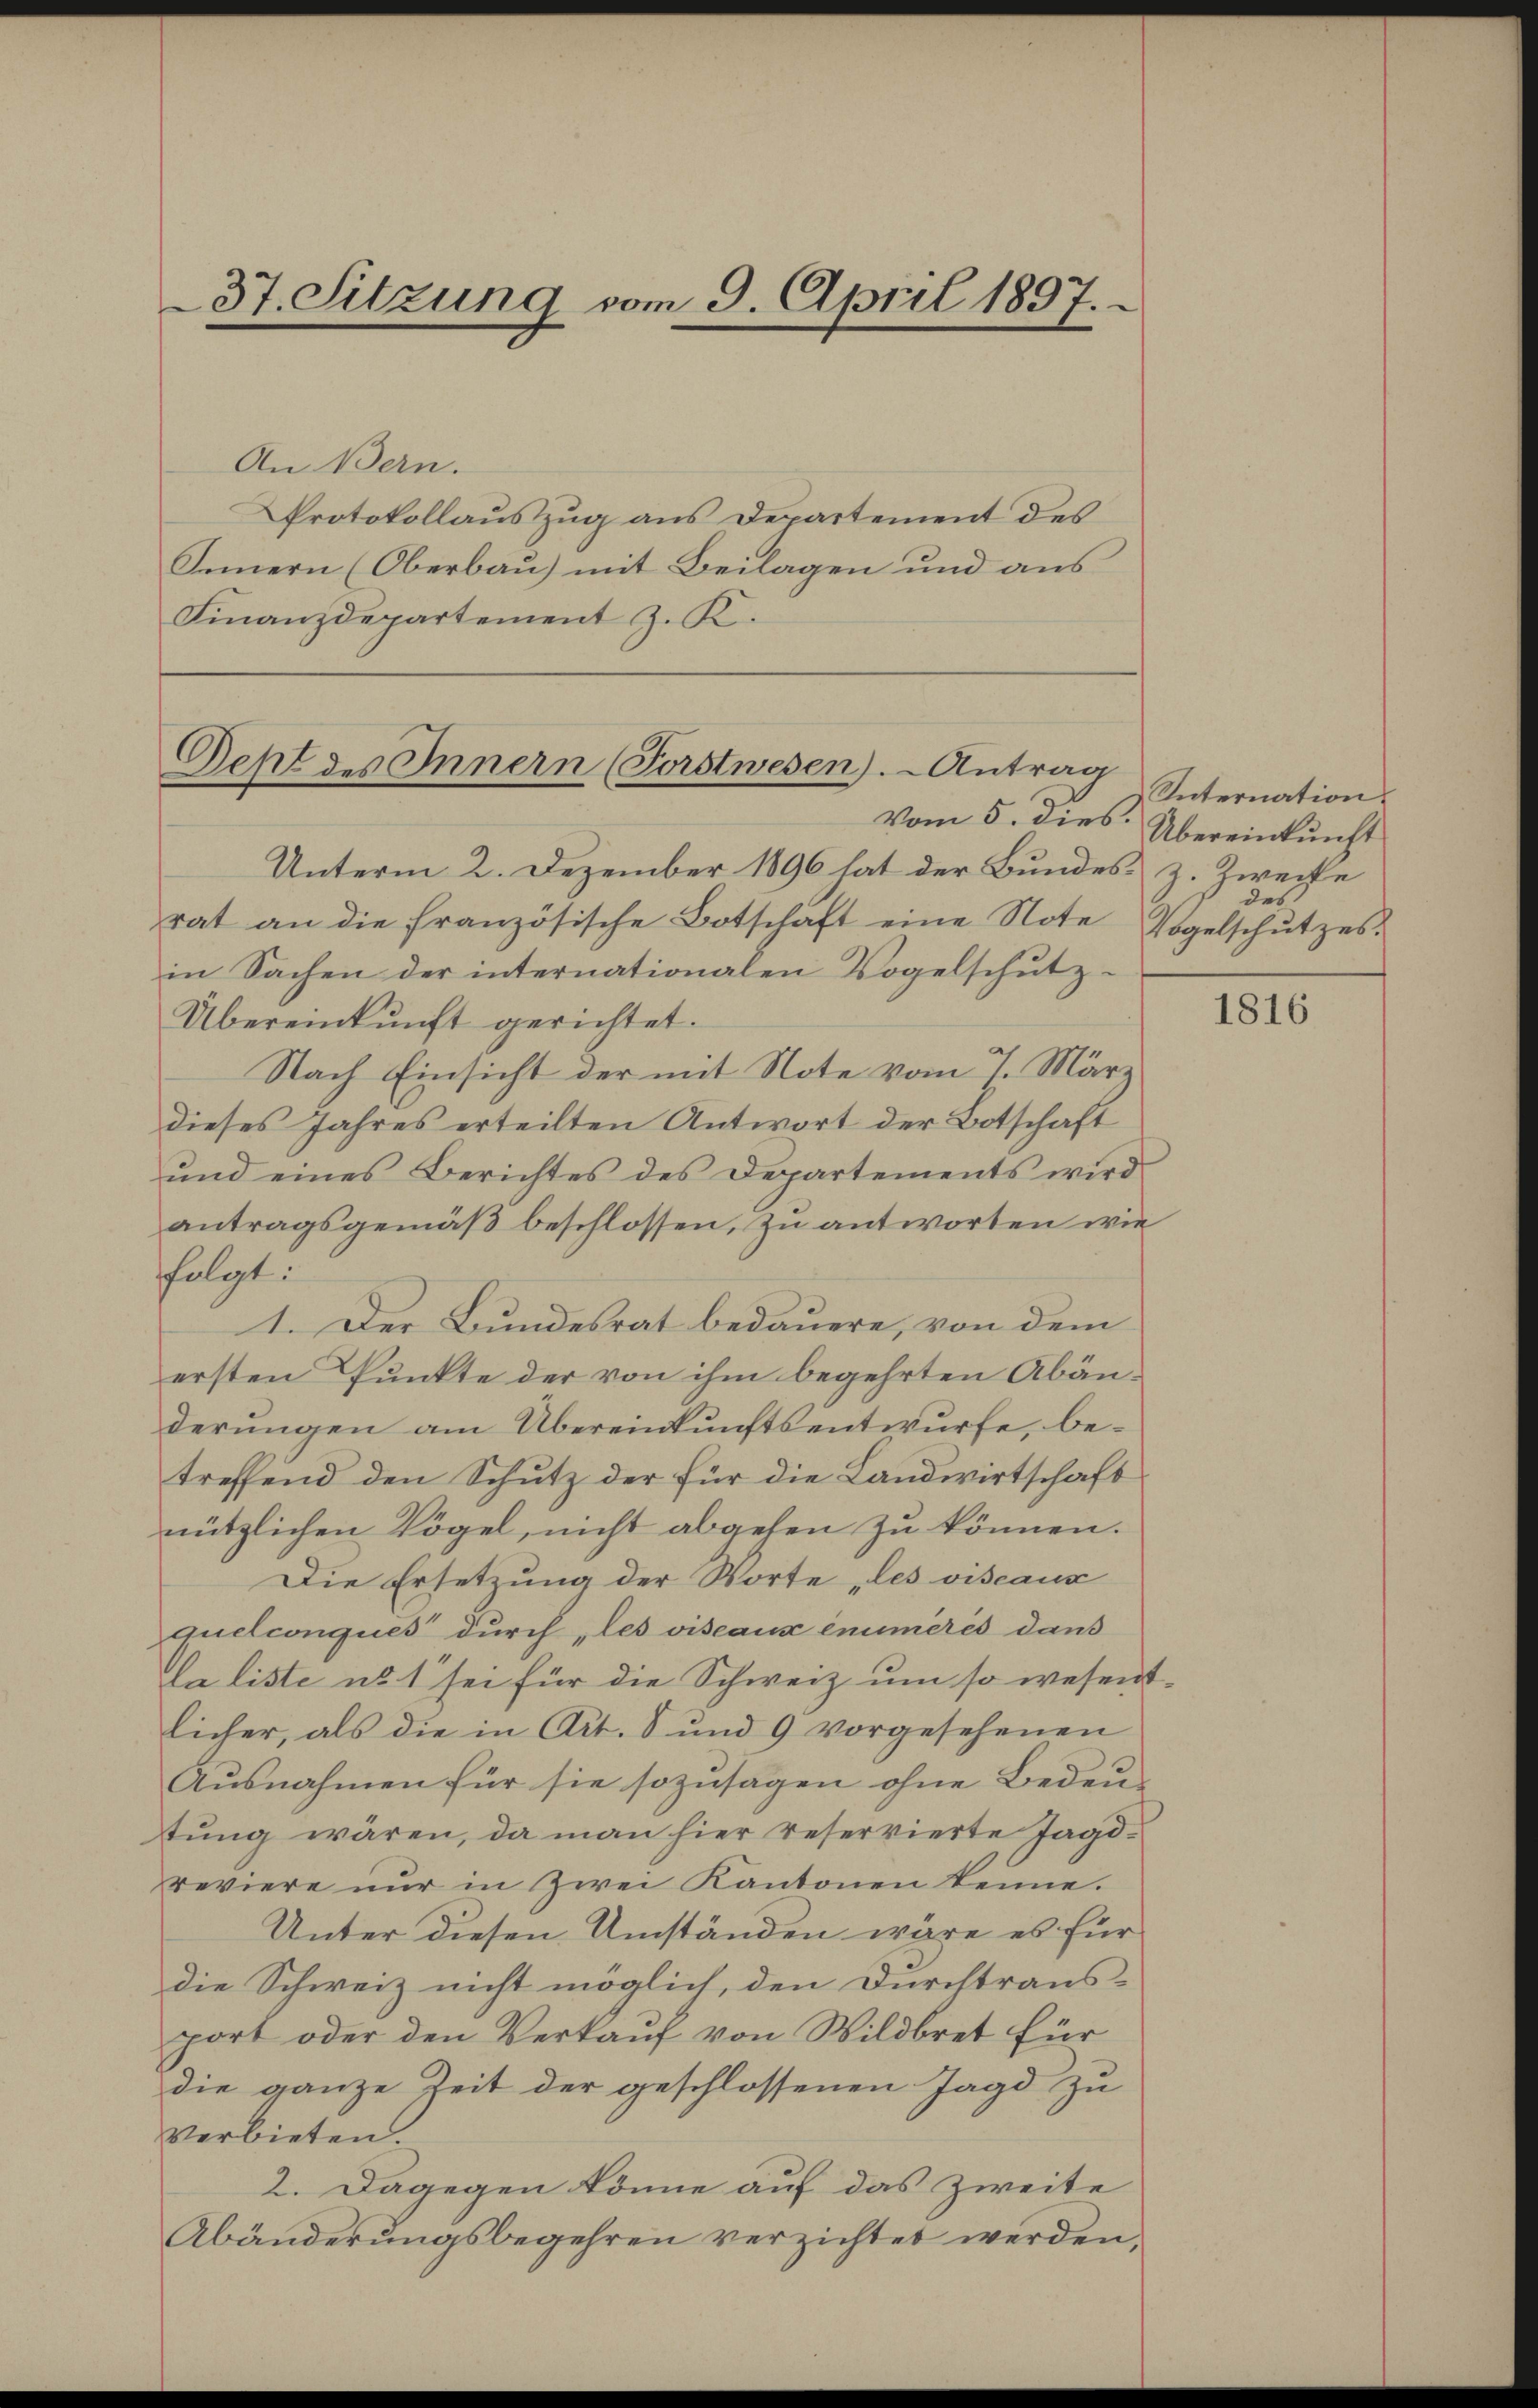
37. Sitzung vom 9. April 1897.

An Bern.
Protokollauszug aus Departement des
Innern (Oberbau) mit Beilagen und aus
Finanzdepartement z. K.

Deht des Innern (Forstwesen. - Antrag
Vom 5. dies.

Unterm 2. Dezember 1896 hat der Bundes z. Zweife
rat an die französische Botschäft eine Note
in Sachen der internationalen Vogelschutz¬
Übereinkunft gerichtet.
Nach Einsicht der mit Note vom 7. März
dieses Jahres erteilten Antwort der Botschaft
und eines Berichtes des Departements wird
antragsgemäß beschlossen, zu antworten wie
folgt:
1. Der Bundesrat bedauere, von dem
ersten Punkte der von ihm begehrten Abänderungen am Übereinkunftsentwurfe, betreffend den Schutz der für die Landwirtschaft
nützlichen Vögel, nicht abgehen zu können.
Die Ersetzung der Worte „les viseaux
quelconques durch les viseaux enumeres dans
a liste u. 1 sei für die Schweiz um so wesent-
licher, als die in Art. 8 und 9 vorgesehenen
Ausnahmen für sie sozusagen ohne Bedeu-
tung wären, da man hier reservierte Jagd-
reviere nur in Zwei Kantonen kenne.
Unter diesen Umständen wäre es für
die Schweiz nicht möglich, den Durchtraus-
port oder den Verkauf von Wildbret für
die ganze Zeit der geschlossenen Jagd zu
verbieten.
2. Dagegen könne auf das Zweite
Abänderungsbegehren verzichtet werden,

Internation.
Übereinkunft
des
Vogelschutzes.

1816